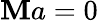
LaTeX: \mathbf{M}a=0